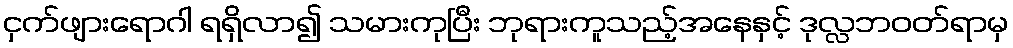
ငှက်ဖျားရောဂါ ရရှိလာ၍ သမားကုပြီး ဘုရားကူသည့်အနေနှင့် ဒုလ္လဘဝတ်ရာမှ